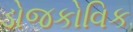
ડોજકોવિક